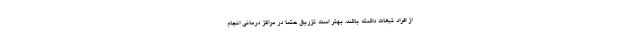
از افراد تبعات داشته باشد، بهتر است تزریق حتما در مراکز درمانی انجام